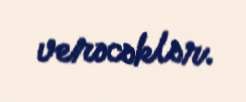
verəcəklər.